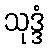
သုဒ္ဒံ